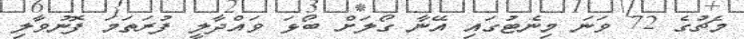
މެޗުގެ 72 ވަނަ މިނެޓުގައި އޭނާ ގޯލަށް ބޯޅަ ވައްދާލީ ފުރަތަމަ ފޮނުވާލި